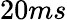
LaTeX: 20ms